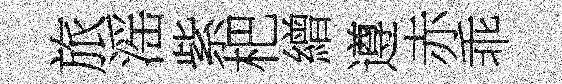
旅滛紫杷繒遵赤乖